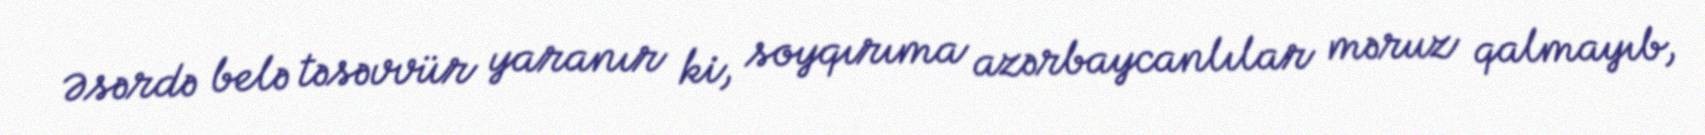
Əsərdə belə təsəvvür yaranır ki, soyqırıma azərbaycanlılar məruz qalmayıb,